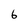
Character: 6